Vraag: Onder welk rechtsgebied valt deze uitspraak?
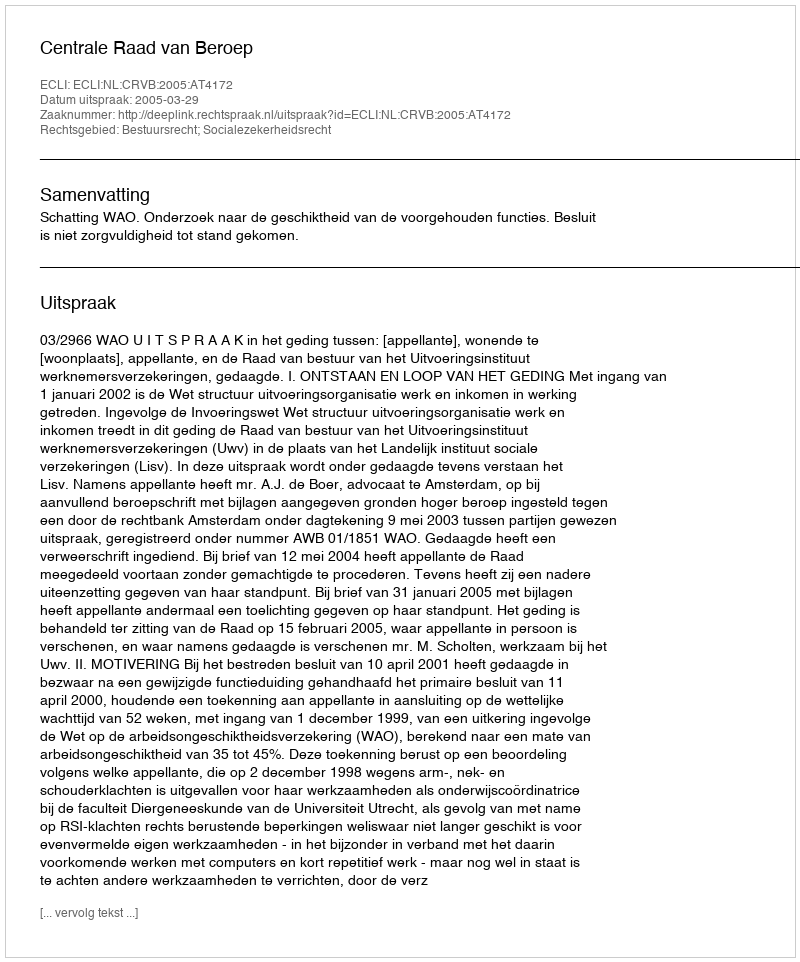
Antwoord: Bestuursrecht; Socialezekerheidsrecht